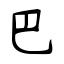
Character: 巴